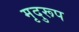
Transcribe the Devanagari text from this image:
मृदुरूप